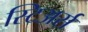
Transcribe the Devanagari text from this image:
स्टिअर्स